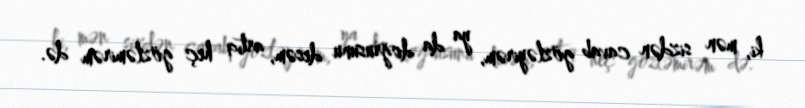
ki, mən sizdən cavab gözləyirəm, ya da doğrusunu desəm, artıq heç gözləmirəm də.